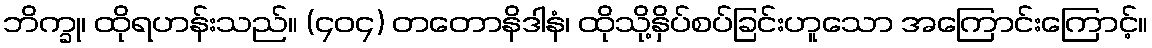
ဘိက္ခု၊ ထိုရဟန်းသည်။ (၄၀၄) တတောနိဒါနံ၊ ထိုသို့နှိပ်စပ်ခြင်းဟူသော အကြောင်းကြောင့်။